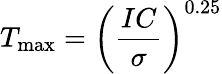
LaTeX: T_{\mathrm{max}}=\left({\frac{IC}{\sigma}}\right)^{0.25}